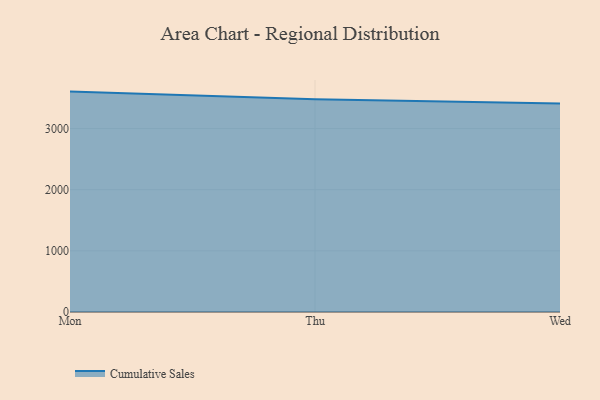
{"axis": {"x": "Day", "y": "Headcount"}, "legend": ["Cumulative Sales"], "data": [{"x": "Mon", "y": 3604.4, "type": "Cumulative Sales"}, {"x": "Thu", "y": 3478.6, "type": "Cumulative Sales"}, {"x": "Wed", "y": 3410.0, "type": "Cumulative Sales"}]}